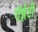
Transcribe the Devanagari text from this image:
रॉझेटी